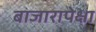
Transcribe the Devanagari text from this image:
बाजारापेक्षा